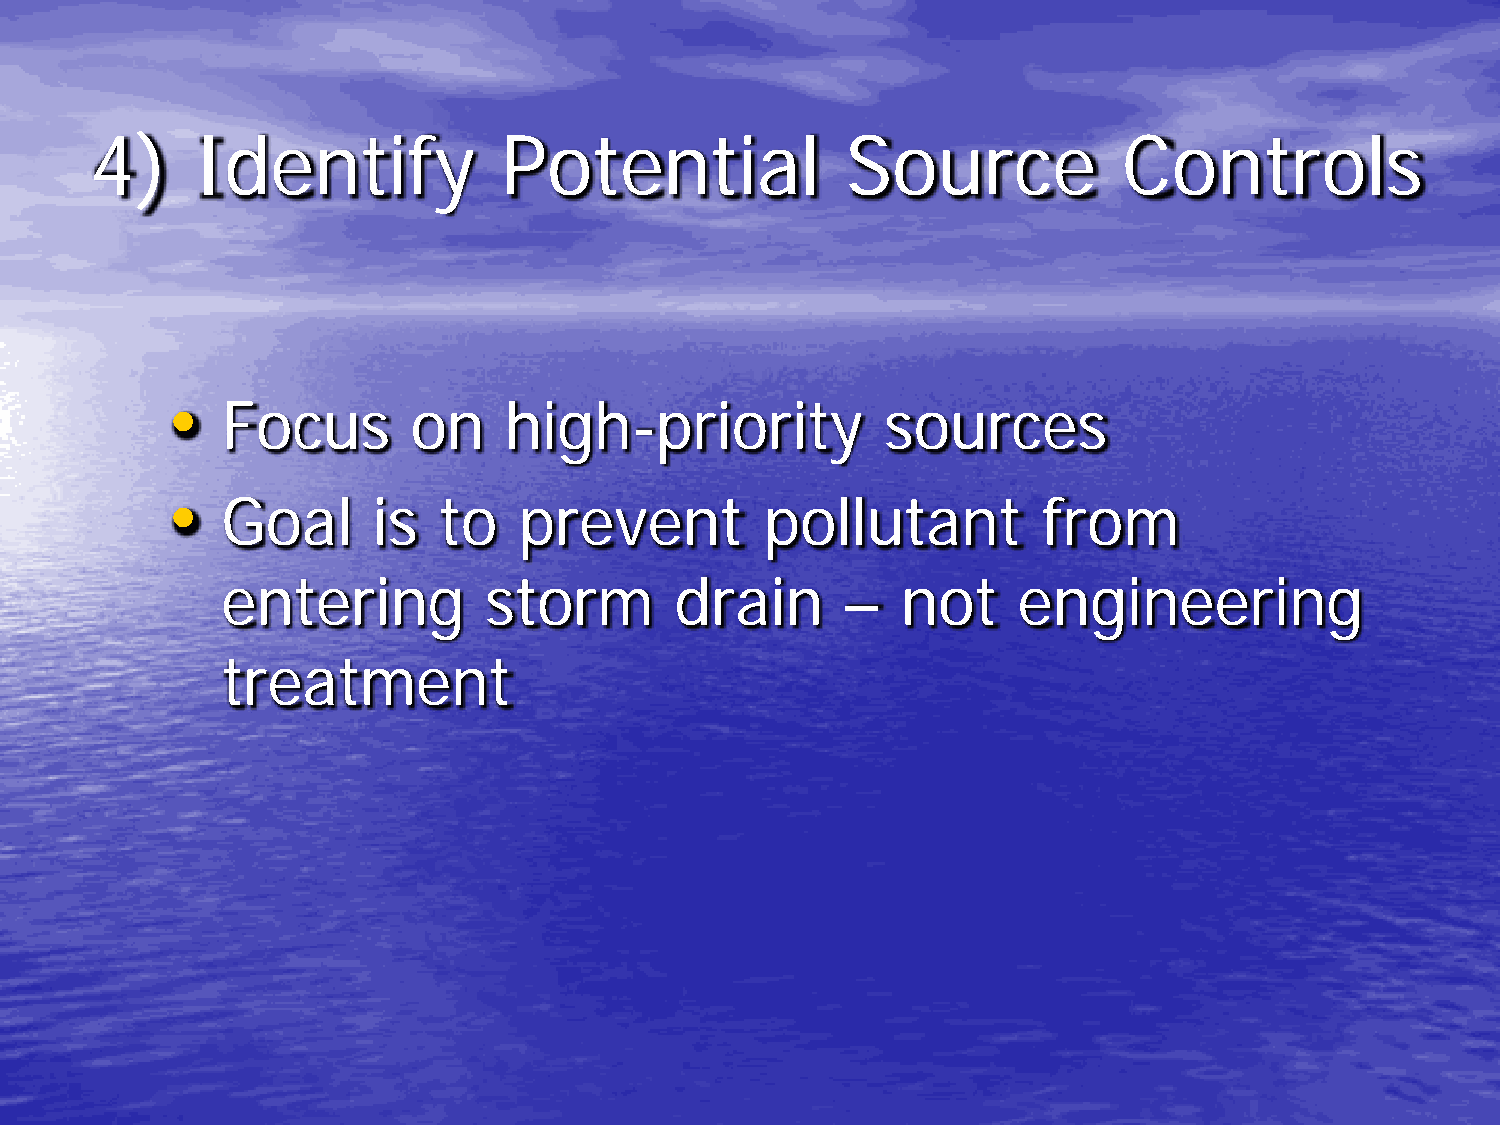
4)     Identify            Potential              Source            Controls
 •
 Focus       on    high-priority             sources
 •
 Goal      is  to   prevent          pollutant         from
 entering         storm        drain      –   not    engineering
 treatment